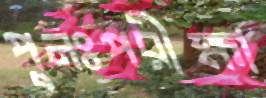
পুনঃপরীক্ষা